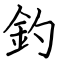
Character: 釣